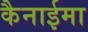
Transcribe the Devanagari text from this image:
कैनाईमा